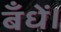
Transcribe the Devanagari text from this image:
बँधें।